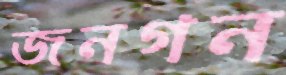
জনগন